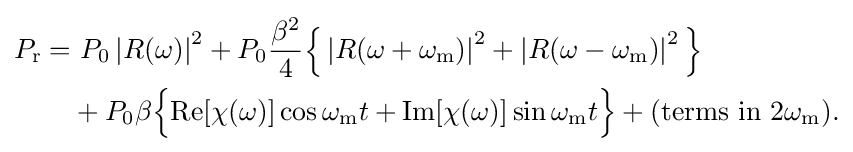
{\textstyle {\begin{aligned}P_{\text{r}}=&\ P_{0}\left|R(\omega )\right|^{2}+P_{0}{\frac {\beta ^{2}}{4}}{\Big \{}\left|R(\omega +\omega _{\mathrm {m} })\right|^{2}+\left|R(\omega -\omega _{\mathrm {m} })\right|^{2}{\Big \}}\\&+P_{0}\beta {\Big \{}{\textrm {Re}}[\chi (\omega )]\cos {\omega _{\mathrm {m} }t}+{\textrm {Im}}[\chi (\omega )]\sin {\omega _{\mathrm {m} }t}{\Big \}}+({\text{terms in }}2\omega _{\mathrm {m} }).\end{aligned}}}